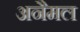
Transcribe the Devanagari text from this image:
अनैमल